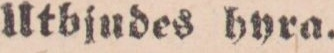
Utbjudes hyra.